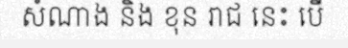
សំណាង និង ខុន រាជ នេះ បើ